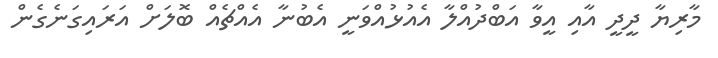
މާރިޔާ ދީދީ އާއި އީވާ އަބްދުއްލާ އެއުޅުއްވަނީ އެބުނާ އެއްޗެއް ބޮލަށް އަރައިގަނެގެން